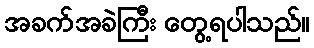
အခက်အခဲကြီး တွေ့ရပါသည်။